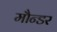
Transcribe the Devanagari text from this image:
मौन्डर